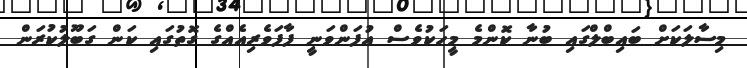
މިސާލަކަށް ބައިބްލްގައި ބުނާ ކޮންމެ މީހަކުވެސް އުފަންވަނީ ފާފަވެރިއެއްގެ ގޮތުގައި ކަން ގަބޫލުކުރަން